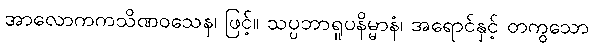
အာလောကကသိဏဝသေန၊ ဖြင့်။ သပ္ပဘာရူပနိမ္မာနံ၊ အရောင်နှင့် တကွသော